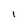
Character: l